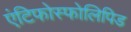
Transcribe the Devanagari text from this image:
एंटिफोस्फोलिपिड